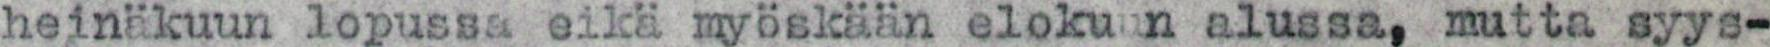
heinäkuun lopussa eikä myöskään elokuun alussa, mutta syys-